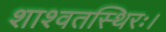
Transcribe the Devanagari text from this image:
शाश्वतस्थिरः।